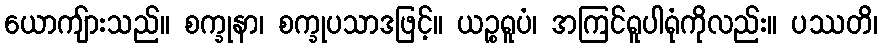
ယောကျ်ားသည်။ စက္ခုနာ၊ စက္ခုပသာဒဖြင့်။ ယဉ္စရူပံ၊ အကြင်ရူပါရုံကိုလည်း။ ပဿတိ၊